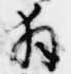
拝